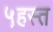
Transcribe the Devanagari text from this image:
५हस्त